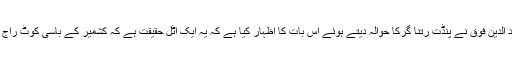
ایک نظر میں عامر جہانگیر محمد الدین فوق نے پنڈت رتنا گرکا حوالہ دیتے ہوئے اس بات کا اظہار کیا ہے کہ یہ ایک اٹل حقیقت ہے کہ کشمیر کے باسی کوٹ راج سسٹم سے بہت تنگ آچکے تھے۔